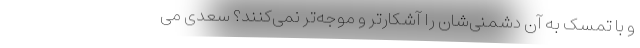
و با تمسک به آن دشمنی‌شان را آشکارتر و موجه‌تر نمی‌کنند؟ سعدی می‌